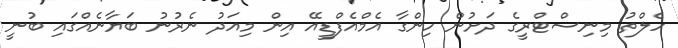
ހެލްތު މިނިސްޓްރީގެ ދަށުން ހިންގާ އެމްއެފްޑީއޭ އިން މިއަދު ނެރުނު ބަޔާނެއްގައި ބުނީ